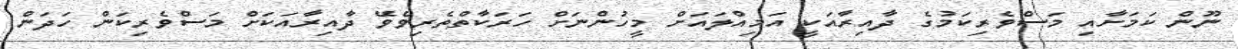
ނޫން ކަމަށާއި މަސްވެރިކަމުގެ ދާއިރާއަކީ އަމިއްލައަށް މީހުންނަށް ހަރަކާތްތެރިވެވޭ ދާއިރާއަކަށް މަސްވެރިކަން ހަދަން